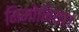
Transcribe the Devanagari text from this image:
निमोनिया।